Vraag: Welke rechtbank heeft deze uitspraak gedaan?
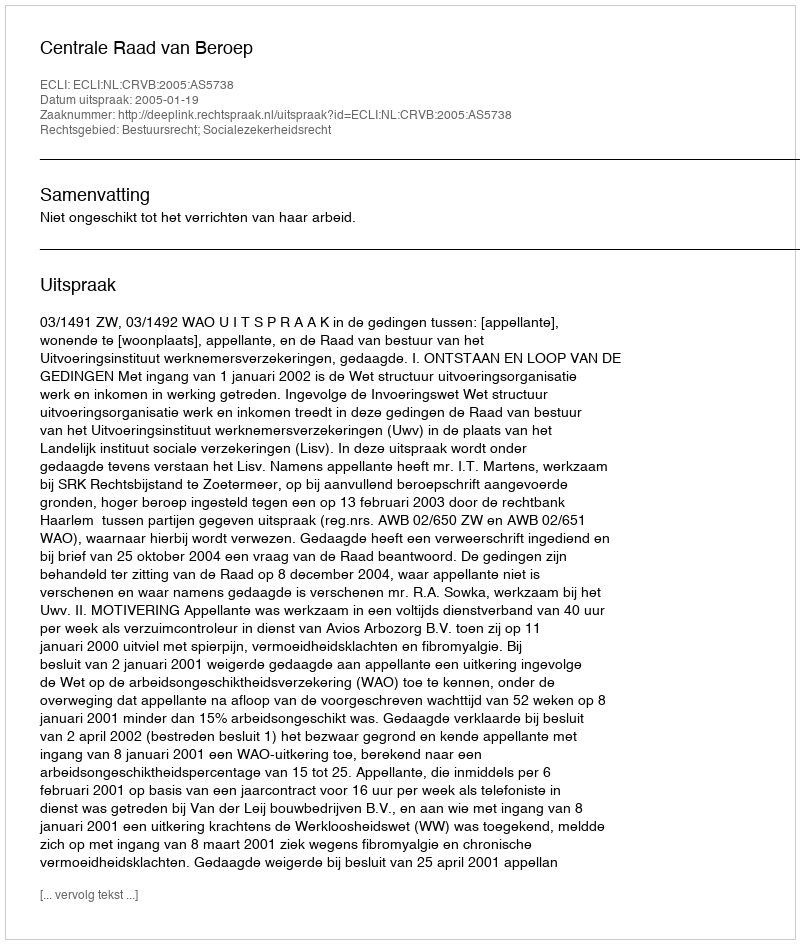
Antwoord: Centrale Raad van Beroep